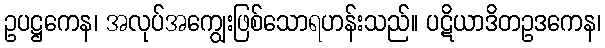
ဥပဋ္ဌကေန၊ အလုပ်အကျွေးဖြစ်သောရဟန်းသည်။ ပဋိယာဒိတဥဒကေန၊